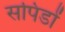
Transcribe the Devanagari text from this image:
सपिडों